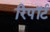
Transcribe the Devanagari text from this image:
रिपॉर्ट